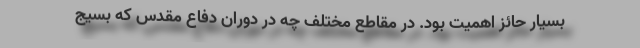
بسیار حائز اهمیت بود. در مقاطع مختلف چه در دوران دفاع مقدس که بسیج